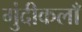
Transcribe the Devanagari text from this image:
गुंदीकलाँ